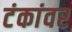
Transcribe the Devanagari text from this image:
टंकांवर